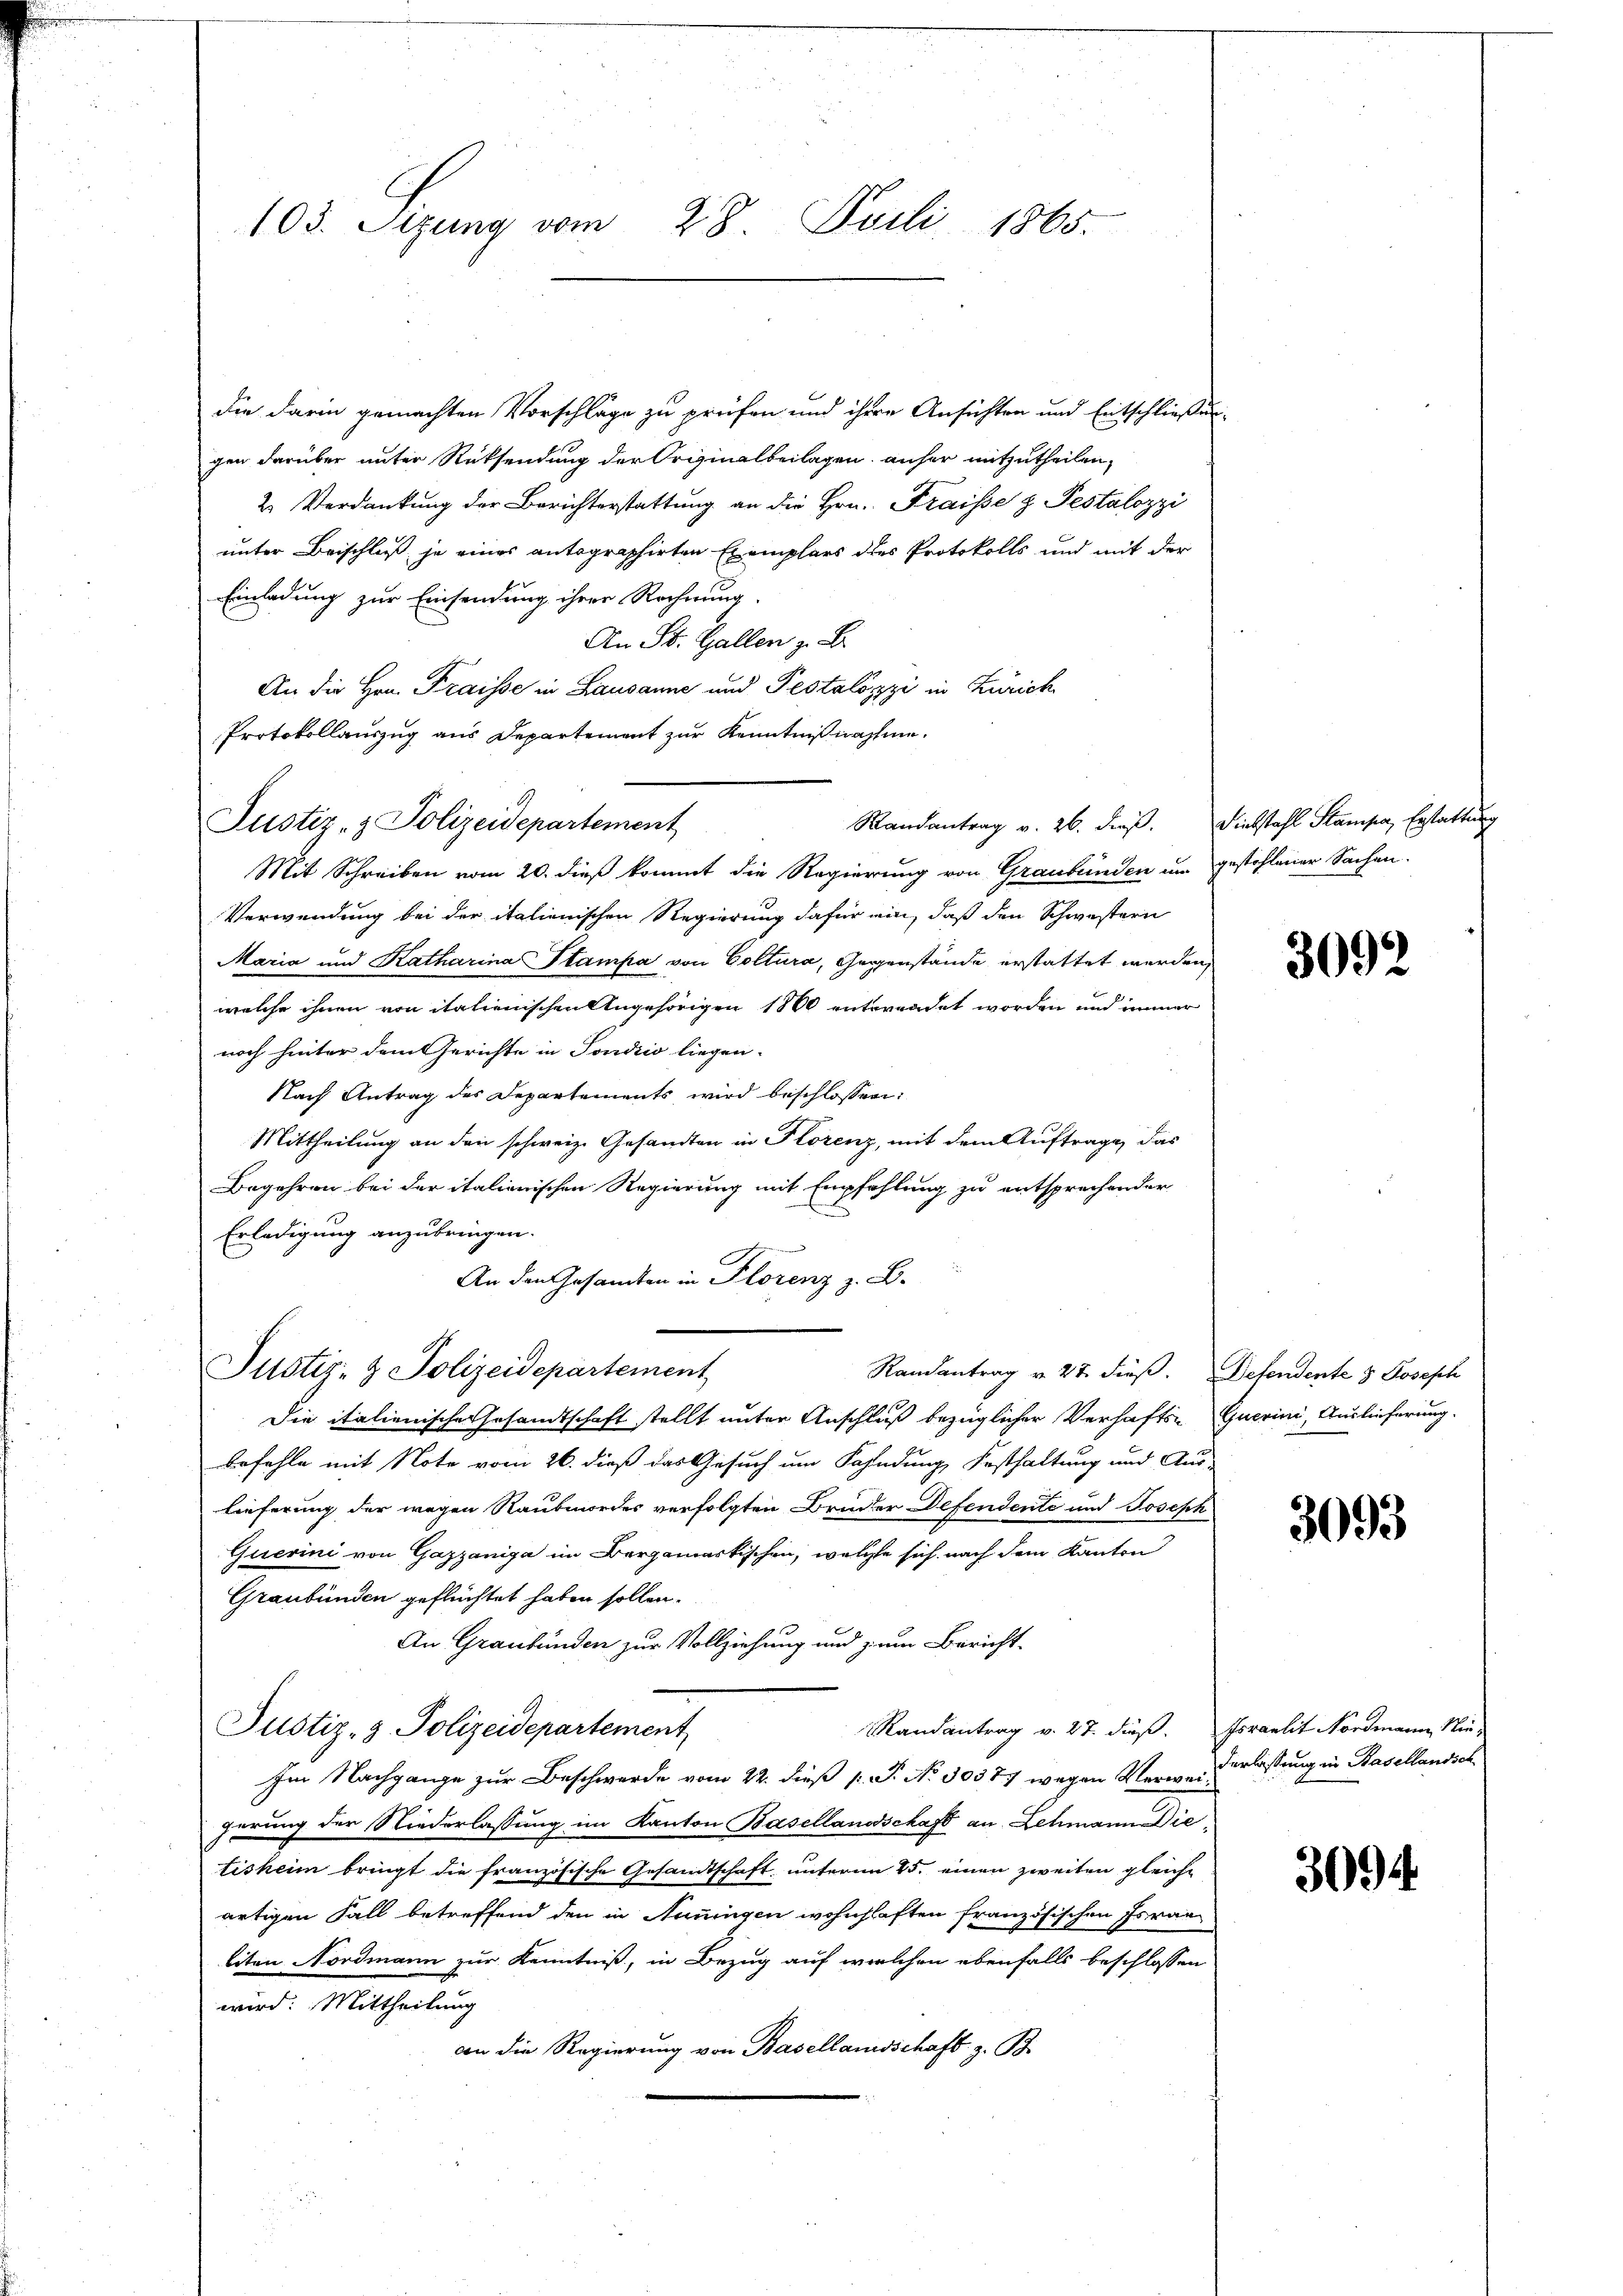
103. Sizung vom 28. Juli 1865.

die darin gemachten Vorschläge zu prüfen und ihre Ansichten und Entschließun
gen darüber unter Rücksendung der Originalbeilagen, anher mitzutheilen,
2. Verdankung der Berichterstattung an die Hrn. Fraisse & Pestalozzi
unter Beschluß je eines antegraphirten Exemplars des Protokolls und mit der
Einladung zur Einsendung ihrer Rechnung.
An St. Gallen z. B.
An die Hrn. Fraisse in Lausanne und Pestalozzi in Zürich
Protokollauszug aus Departement zur Kenntnißnahme.
Randantrag v. 26. dieß. Diebstahl Stampe, Erstattung
Justiz- & Polizeidepartement
Mit Schreiben vom 20. dieß kommt die Regierung von Graubünden um gestohlener Sachen.
Verwendung bei der italienischen Regierung dafür ein, daß den Schwestern
Maria und Katharina Stampa von Goltura, Gegenstände erstattet werden,
welche ihnen von italienischen Angehörigen 1860 entwendet worden und immer
noch hinter dem Gerichte in Tondizio liegen.
Nach Antrag des Departements wird beschlossen:
Mittheilung an den schweiz. Gesandten in Florenz, mit dem Auftrage, das
Begehren bei der italienischen Regierung mit Empfehlung zu entsprechender
Erledigung anzubringen.
An den Gesamten in Florenz z. B.
Justiz- & Polizeidepartement
Randantrag v. 27. dieß. Defendente 3 Joseph
Die italienische Gesandtschaft stellt unter Anschluß bezüglicher Verhafts- Querini, Auslieferung.
befehle mit Note vom 26. dieß das Gesuch um Fahndung, Festhaltung und Aus-
Lieferung der wegen Raubmordes verfolgten Bruder Defendente und Joseph
Querini von Gazzaniga im Bergamastischen, welche sich nach dem Kanton
Graubünden geflüchtet haben sollen.
An Graubünden zur Vollziehung und zum Bericht-
Randantrag v. 27. dieß. Israelit Nordmann Nie-
Justiz- & Polizeidepartement,
Im Nachgange zur Beschwerde vom 22. dieß s. S. No 30387 wegen Verweiherung der Niederlassung im Kanton Basellandschaft an Lehmann Dietisheim bringt die französische Gesandtschaft unterm 25. einen zweiten gleiche
artigen Fall betreffend den in Anningen wohnhaften französischen Israe
liten Nordmann zur Kenntniß, in Bezug auf welchen ebenfalls beschlossen
wird: Mittheilung
von die Regierung von Basellandschaft z. B.

3092

3093

derlassung in Basellandsch

3094